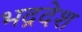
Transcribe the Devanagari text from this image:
भद्रदेश